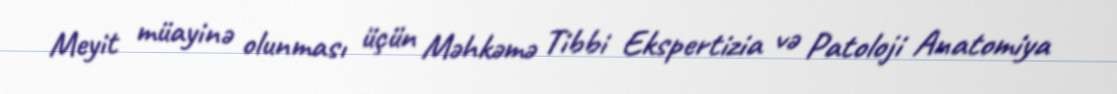
Meyit müayinə olunması üçün Məhkəmə Tibbi Ekspertizia və Patoloji Anatomiya